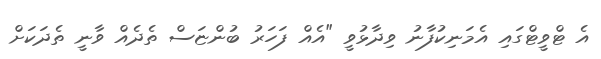
އެ ޓްވީޓްގައި އެމަނިކުފާނު ވިދާޅުވީ "އެއް ފަހަރު ބުންޏަސް ތެދެއް ވާނީ ތެދަކަށް